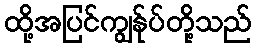
ထို့အပြင်ကျွန်ုပ်တို့သည်